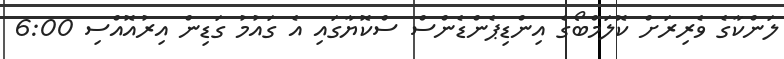
ލަންކާގެ ވެރިރަށް ކޮލަމްބޯގެ އިންޑިޕެންޑެންސް ސްކޮޔާގައި އެ ގައުމު ގަޑިން އިރުއޮއްސި 6:00